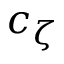
c _ { \zeta }